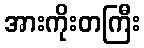
အားကိုးတကြီး